Report of the Indian Hemp Drugs Commission, 1894-1895 - Volume VII
Year: 1894
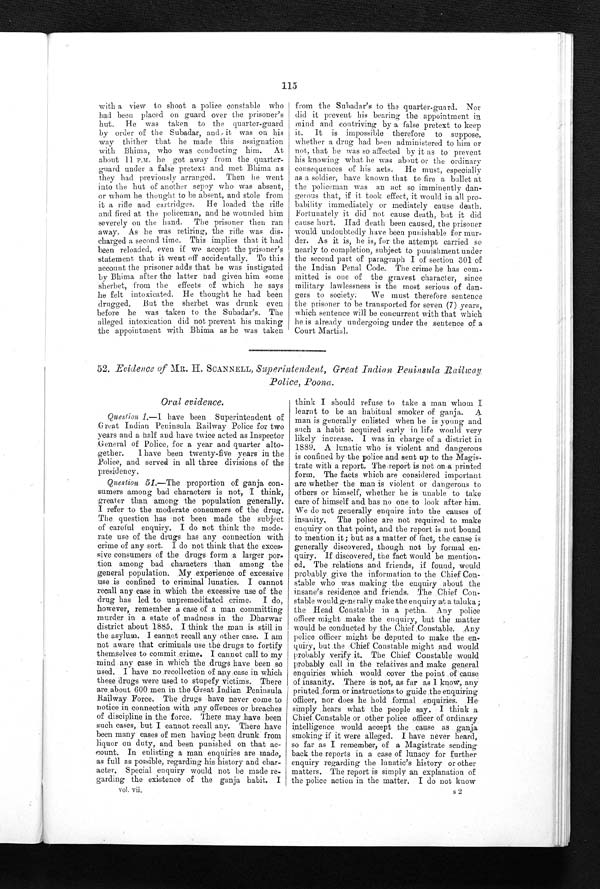
vol. vii.
s 2
115
with a view to shoot a police constable who
had been placed on guard over the prisoner's
hut. He was taken to the quarter-guard
by order of the Subadar, and it was on his
way thither that he made this assignation
with Bhima, who was conducting him. At
about 11 P.M. he got away from the quarter
-
guard under a false pretext and met Bhima as
they had previously arranged. Then he went
into the hut of another sepoy who was absent,
or whom he thought to be absent, and stole from
it a rifle and cartridges. He loaded the rifle
and fired at the policeman, and he wounded him
severely on the hand. The prisoner then ran
away. As he was retiring, the rifle was di
s -
charged a second time. This implies that it had
been reloaded, even if we accept the prisoner's
statement that it went off accidentally. To this
account the prisoner adds that he was instigated
by Bhima after the latter had given him some
sherbet, from the effects of which he says
he felt intoxicated. He thought he had been
drugged. But the sherbet was drunk even
before he was taken to the Subadar's. The
alleged intoxication did not prevent his making
the appointment with Bhima as he was taken
from the Subadar's to the quarter-guard. Nor
did it prevent his bearing the appointment in
mind and contriving by a false pretext to keep
it. It is impossible therefore to suppose,
whether a drug had been administered to him or
not, that he was so affected by it as to prevent
his knowing what he was about or the ordinary
consequences of his acts. He must, especially
as a soldier, have known that to fire a bullet at
the policeman was an act so imminently dan-
-
gerous that, if it took effect, it would in all pro
-
bability immediately or mediately cause death.
Fortunately it did not cause death, but it did
cause hurt. Had death been caused, the prisoner
would undoubtedly have been punishable for mur-
-
der. As it is, he is, for the attempt carried so
nearly to completion, subject to punishment under
the second part of paragraph I of section 301 of
the Indian Penal Code. The crime he has com-
mitted is one of the gravest character, since
military lawlessness is the most serious of dan-
gers to society. We must therefore sentence
the prisoner to be transported for seven (7) years,
which sentence will be concurrent with that which
he is already undergoing under the sentence of a
Court Martial.
52. Evidence of MR. H. SCANNELL, Superintendent, Great Indian Peninsula Railway
Police, Poona.
Oral evidence.
Question 1.-I have been Superintendent of
G r e a t I n d i a n P e n i n s u l a R a i l w a y P o l i c e f o r t w o
years and a half and have twice acted as Inspector
General of Police, for a year and quarter alt
o -
gether. I have been twenty-five years in the
Police, and served in all three divisions of the
presidency.
Question 51 .—The proportion of ganja con
-
sumers among bad characters is not, I think,
greater than among the population generally.
I refer to the moderate consumers of the drug.
The question has not been made the subject
of careful enquiry. I do not think the mode
-
rate use of the drugs has any connection with
crime of any sort. I do not think that the exces
-
sive consumers of the drugs form a larger po
r -
tion among bad characters than among the
general population. My experience of excessive
use is confined to criminal lunatics. I cannot
recall any case in which the excessive use of the
drug has led to unpremeditated crime. I do,
however, remember a case of a man committing
murder in a state of madness in the Dharwar
district about 1885. I think the man is still in
the asylum. I cannot recall any other case. I am
not aware that criminals use the drugs to fortify
themselves to commit crime. I cannot call to my
mind any case in which the drugs have been so
used. I have no recollection of any case in which
these drugs were used to stupefy victims. There
are about 600 men in the Great Indian Peninsula
Railway Force. The drugs have never come to
notice in connection with any offences or breaches
of discipline in the force. There may have been
such cases, but I cannot recall any. There have
been many cases of men having been drunk from
liquor on duty, and been punished on that ac
-
c o u n t . I n e n l i s t i n g a m a n e n q u i r i e s a r e m a d e ,
as full as possible, regarding his history and char-
acter. Special enquiry would not be made re
-
garding the existence of the ganja habit. I
think I should refuse to take a man whom I
learnt to be an habitual smoker of ganja. A
man is generally enlisted when he is young and
such a habit acquired early in life would very
likely increase. I was in charge of a district in
1889. A lunatic who is violent and dangerous
is confined by the police and sent up to the Magis-
-
trate with a report. The report is not on a printed
form. The facts which are considered important
are whether the man is violent or dangerous to
others or himself, whether he is unable to take
care of himself and has no one to look after him.
We do not generally enquire into the causes of
insanity. The police are not required to make
enquiry on that point, and the report is not bound
to mention it; but as a matter of fact, the cause is
generally discovered, though not by formal en
-
quiry. If discovered, the fact would be mention
-
ed. The relations and friends, if found, would
probably give the information to the Chief Con-
-
stable who was making the enquiry about the
insane's residence and friends. The Chief Con-
-
stable would generally make the enquiry at a taluka;
the Head Constable in a petha. Any police
officer might make the enquiry, but the matter
would be conducted by the Chief Constable. Any
police officer might be deputed to make the en
-
quiry, but the Chief Constable might and would
probably verify it. The Chief Constable would
probably call in the relatives and make general
enquiries which would cover the point of cause
of insanity. There is not, as far as I know, any
printed form or instructions to guide the enquiring
officer, nor does he hold formal enquiries. He
simply hears what the people say. I think a
Chief Constable or other police officer of ordinary
intelligence would accept the cause as ganja
smoking if it were alleged. I have never heard,
so far as I remember, of a Magistrate sending
back the reports in a case of lunacy for further
enquiry regarding the lunatic's history or other
matters. The report is simply an explanation of
the police action in the matter. I do not know